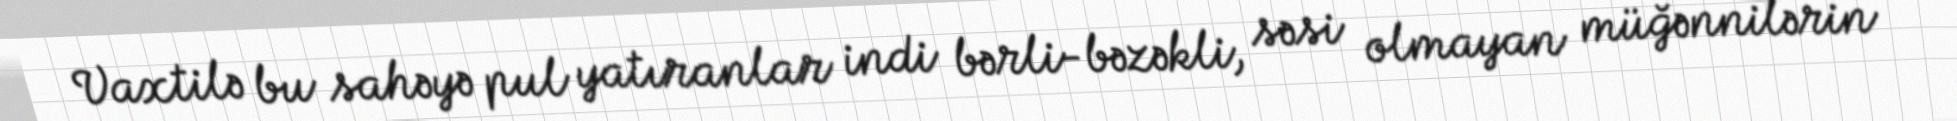
Vaxtilə bu sahəyə pul yatıranlar indi bərli-bəzəkli, səsi olmayan müğənnilərin